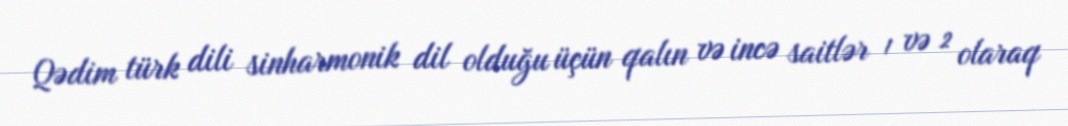
Qədim türk dili sinharmonik dil olduğu üçün qalın və incə saitlər ¹ və ² olaraq